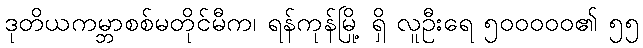
ဒုတိယကမ္ဘာစစ်မတိုင်မီက၊ ရန်ကုန်မြို့ ရှိ လူဦးရေ ၅၀၀၀၀၀၏ ၅၅